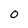
Character: O